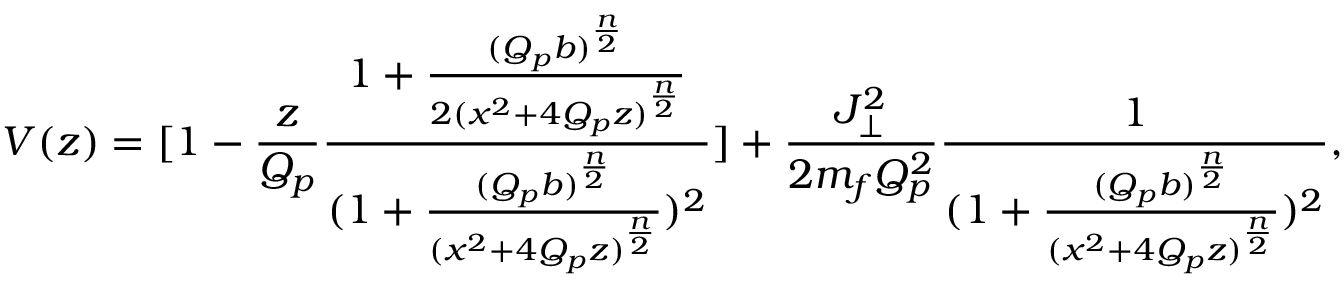
V ( z ) = [ 1 - { \frac { z } { Q _ { p } } } { \frac { 1 + { \frac { ( Q _ { p } b ) ^ { \frac { n } { 2 } } } { 2 ( x ^ { 2 } + 4 Q _ { p } z ) ^ { \frac { n } { 2 } } } } } { ( 1 + { \frac { ( Q _ { p } b ) ^ { \frac { n } { 2 } } } { ( x ^ { 2 } + 4 Q _ { p } z ) ^ { \frac { n } { 2 } } } } ) ^ { 2 } } } ] + { \frac { J _ { \perp } ^ { 2 } } { 2 m _ { f } Q _ { p } ^ { 2 } } } { \frac { 1 } { { ( 1 + { \frac { ( Q _ { p } b ) ^ { \frac { n } { 2 } } } { ( x ^ { 2 } + 4 Q _ { p } z ) ^ { \frac { n } { 2 } } } } } ) ^ { 2 } } } ,